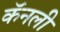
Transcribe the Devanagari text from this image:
कॅनली